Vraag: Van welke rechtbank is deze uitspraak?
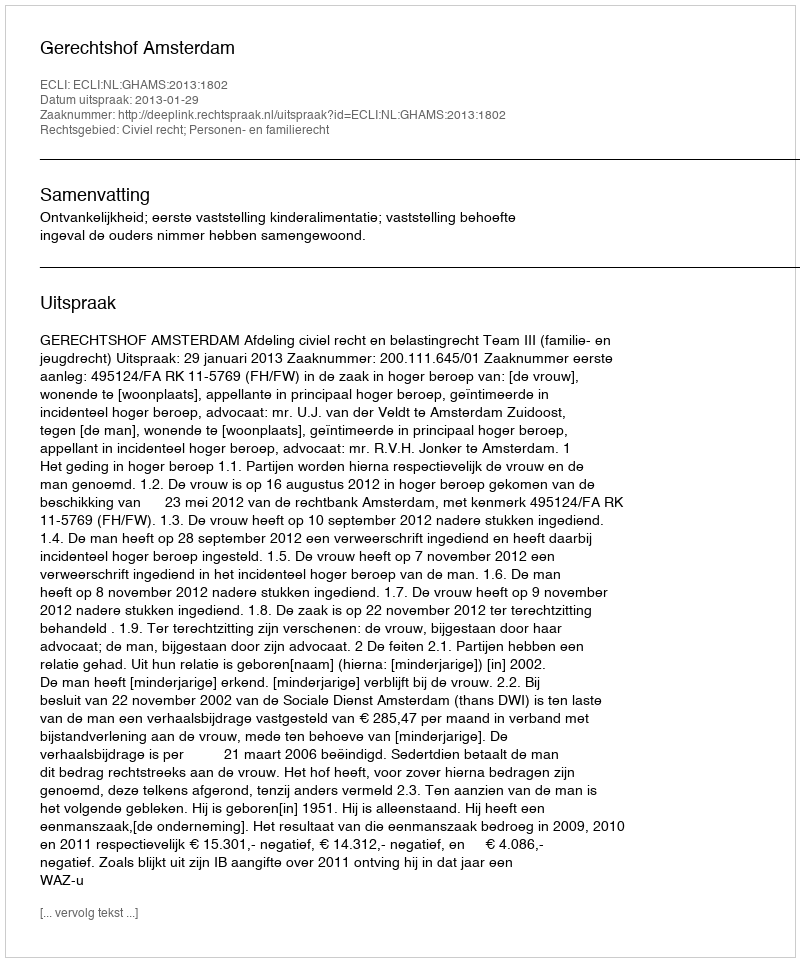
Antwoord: Gerechtshof Amsterdam